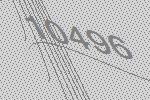
10496